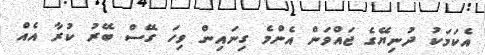
އެކަމަކު ދުނިޔޭގެ ޖައްވަން އެންމެ ގިނައިން ވިހަ ގޭސް ބޭރު ކުރާ އެއް